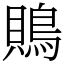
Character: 鵙